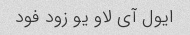
ایول آی لاو یو زود فود